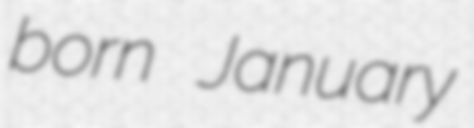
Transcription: born January